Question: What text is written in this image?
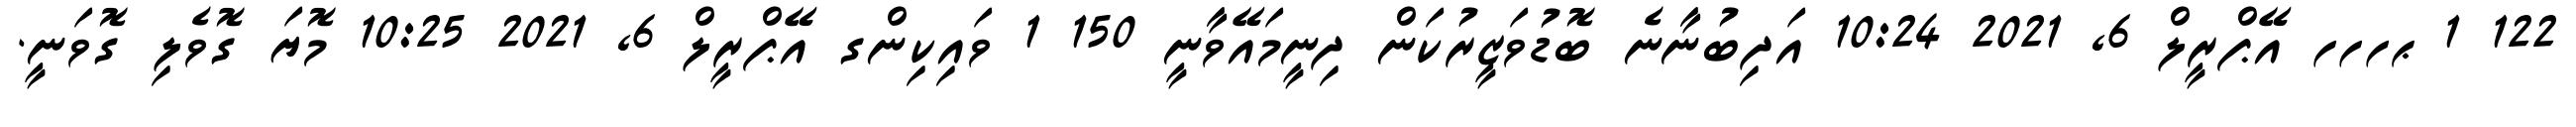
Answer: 122 1 ޙހހހ އޭޕްރީލް 6, 2021 10:24 އަދިބުނާނެ ބޮޑުވަޒީރުކަން ދިނީމައޭވާނީ 150 1 ވައިކިންގ އޭޕްރީލް 6, 2021 10:25 މޮޔަ ގޮވެލި ގޮވަނީ.